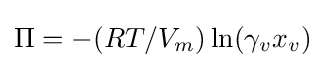
\Pi =-(RT/V_{m})\ln(\gamma _{v}x_{v})